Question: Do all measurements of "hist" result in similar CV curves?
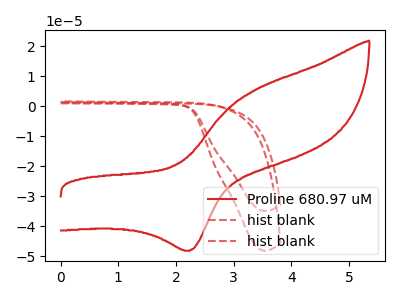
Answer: <think>The red curve "Proline 680.97 uM" has an anodic peak at (3.40V, 5.45uA) and a cathodic peak at (2.25V, -48.20uA). The red dashed curve "hist blank" has no peaks. The red dashed curve "hist blank" has no peaks.
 "Proline 680.97 uM" and "hist blank" have a different number of peaks. "Proline 680.97 uM" and "hist blank" have a different number of peaks. Neither "hist blank" or "hist blank" have any peaks.</think>
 <answer>All the CV's of "hist" have similar shape.</answer>
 <eval>follow_rule</eval>